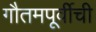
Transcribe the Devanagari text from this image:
गौतमपूर्वीची